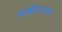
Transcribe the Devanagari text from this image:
बाबीतल्या